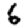
Digit: 6